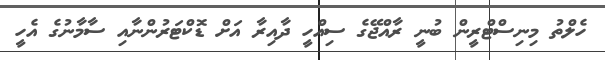
ހެލްތު މިނިސްޓްރީން ބުނީ ރާއްޖޭގެ ސިއްހީ ދާއިރާ އަށް ޑޮކްޓަރުންނާއި ސާމާނުގެ އެހީ